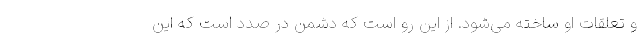
و تعلقات او ساخته می‌شود. از این‌ رو است که دشمن در صدد است که این